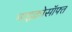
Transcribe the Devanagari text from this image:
माइक्रोसॉफ्त